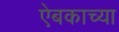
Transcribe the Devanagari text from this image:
ऐबकाच्या